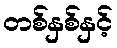
တစ်နှစ်နှင့်